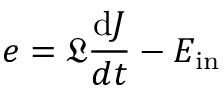
e = \mathfrak { L } \frac { \mathrm { d } J } { d t } - E _ { \mathrm { i n } }